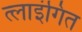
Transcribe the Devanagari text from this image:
त्लाइंगित